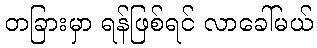
တခြားမှာ ရန်ဖြစ်ရင် လာခေါ်မယ်